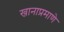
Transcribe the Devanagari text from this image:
खानाप्रमाणे